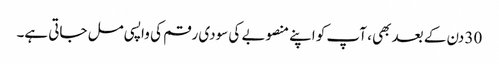
30 دن کے بعد بھی ، آپ کو اپنے منصوبے کی سودی رقم کی واپسی مل جاتی ہے۔